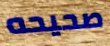
صحيحه